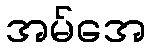
အမ်အေ